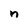
Character: n